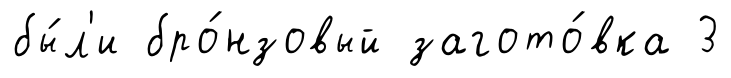
бы́л'и бро́нзовый загото́вка 3